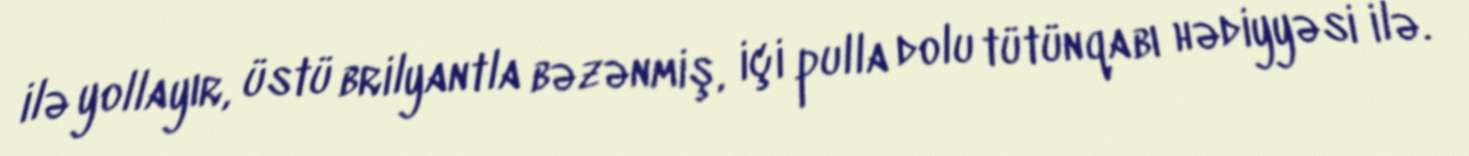
ilə yollayır, üstü brilyantla bəzənmiş, içi pulla dolu tütünqabı hədiyyəsi ilə.